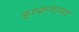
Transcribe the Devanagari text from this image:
इश्कनामा